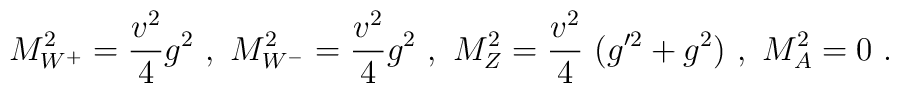
M^2_{W^+}={v^2\over 4}g^2~,~ M^2_{W^-}={v^2\over4}g^2~,~M^2_Z={v^2\over 4}~(g^{\prime 2}+ g^2)~,~M^2_A= 0 \ .